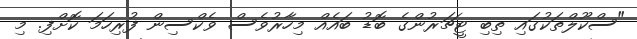
"ސްކޫލްތަކުގައި ތިބި ޓީޗަރުންގެ ބޮޑު ބައެއް މިހާރުވެސް ވެކްސިން ފުރިހަމަ ކޮށްފި. މި